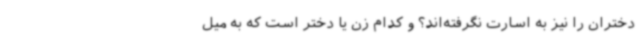
دختران را نیز به اسارت نگرفته‌اند؟ و کدام زن یا دختر است که به میل